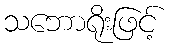
သဘောရိုးဖြင့်